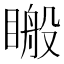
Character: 𥉟